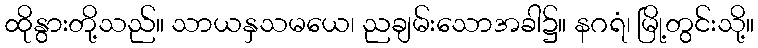
ထိုနွားတို့သည်။ သာယနှသမယေ၊ ညချမ်းသောအခါ၌။ နဂရံ၊ မြို့တွင်းသို့။